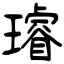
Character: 璿